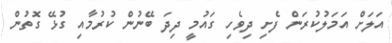
އަލަށް އަމަލުކުރަން ފެށި ދިވެހި ގައުމީ ދިދަ ބޭނުން ކުރުމާއި ގުޅޭ ގޮތުން